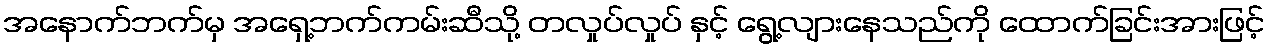
အနောက်ဘက်မှ အရှေ့ဘက်ကမ်းဆီသို့ တလှုပ်လှုပ် နှင့် ရွေ့လျားနေသည်ကို ထောက်ခြင်းအားဖြင့်